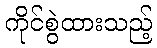
ကိုင်စွဲထားသည့်